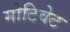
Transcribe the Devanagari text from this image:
मोटिवेट